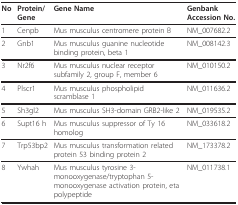
<table><thead><tr><td><b>No</b></td><td><b>Protein/Gene</b></td><td><b>Gene Name</b></td><td><b>Genbank Accession No.</b></td></tr></thead><tbody><tr><td>1</td><td>Cenpb</td><td>Mus musculus centromere protein B</td><td>NM_007682.2</td></tr><tr><td>2</td><td>Gnb1</td><td>Mus musculus guanine nucleotide binding protein, beta 1</td><td>NM_008142.3</td></tr><tr><td>3</td><td>Nr2f6</td><td>Mus musculus nuclear receptor subfamily 2, group F, member 6</td><td>NM_010150.2</td></tr><tr><td>4</td><td>Plscr1</td><td>Mus musculus phospholipid scramblase 1</td><td>NM_011636.2</td></tr><tr><td>5</td><td>Sh3gl2</td><td>Mus musculus SH3-domain GRB2-like 2</td><td>NM_019535.2</td></tr><tr><td>6</td><td>Supt16 h</td><td>Mus musculus suppressor of Ty 16 homolog</td><td>NM_033618.2</td></tr><tr><td>7</td><td>Trp53bp2</td><td>Mus musculus transformation related protein 53 binding protein 2</td><td>NM_173378.2</td></tr><tr><td>8</td><td>Ywhah</td><td>Mus musculus tyrosine 3-monooxygenase/tryptophan 5-monooxygenase activation protein, eta polypeptide</td><td>NM_011738.1</td></tr></tbody></table>